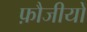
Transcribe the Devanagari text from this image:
फ़ौजीयों